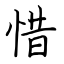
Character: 惜